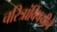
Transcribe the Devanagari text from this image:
चरित्रांविषयीचे